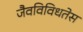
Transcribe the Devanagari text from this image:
जैवविविधतेस